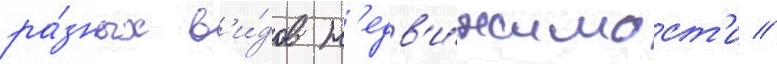
ра́зных в'и́дов н'едв'и́жимост'и //